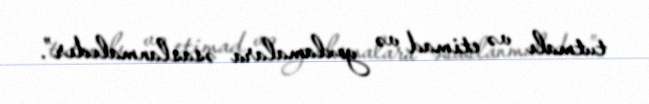
tutmalı və etimad və yoxlamalara əsaslanmalıdır”.